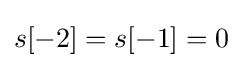
s[-2]=s[-1]=0